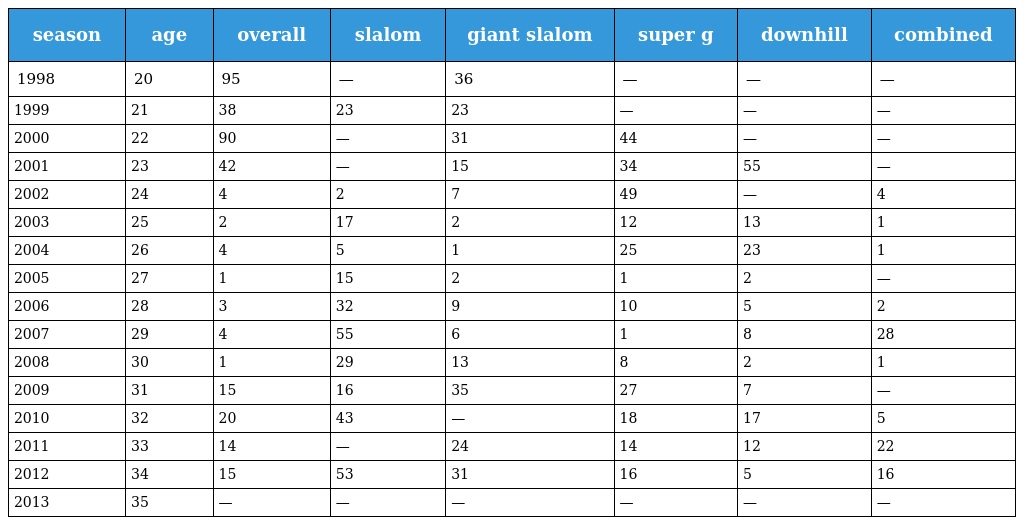
| season | age | overall | slalom | giant slalom | super g | downhill | combined |
 | --- | --- | --- | --- | --- | --- | --- | --- |
 | 1998 | 20 | 95 | — | 36 | — | — | — |
 | 1999 | 21 | 38 | 23 | 23 | — | — | — |
 | 2000 | 22 | 90 | — | 31 | 44 | — | — |
 | 2001 | 23 | 42 | — | 15 | 34 | 55 | — |
 | 2002 | 24 | 4 | 2 | 7 | 49 | — | 4 |
 | 2003 | 25 | 2 | 17 | 2 | 12 | 13 | 1 |
 | 2004 | 26 | 4 | 5 | 1 | 25 | 23 | 1 |
 | 2005 | 27 | 1 | 15 | 2 | 1 | 2 | — |
 | 2006 | 28 | 3 | 32 | 9 | 10 | 5 | 2 |
 | 2007 | 29 | 4 | 55 | 6 | 1 | 8 | 28 |
 | 2008 | 30 | 1 | 29 | 13 | 8 | 2 | 1 |
 | 2009 | 31 | 15 | 16 | 35 | 27 | 7 | — |
 | 2010 | 32 | 20 | 43 | — | 18 | 17 | 5 |
 | 2011 | 33 | 14 | — | 24 | 14 | 12 | 22 |
 | 2012 | 34 | 15 | 53 | 31 | 16 | 5 | 16 |
 | 2013 | 35 | — | — | — | — | — | — |